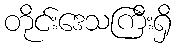
တိုင်းဒေသကြီးရှိ